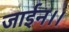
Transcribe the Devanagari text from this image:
जाईन।।